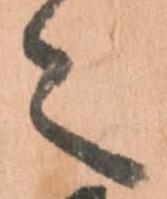
々